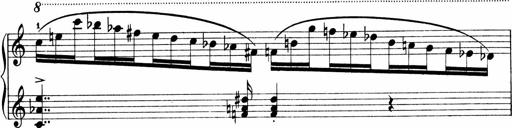
Title: Sonatina No.1
Composer: Otto Stoll
Key: C major